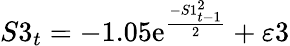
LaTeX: S3_{t}=-1.05\mathrm{e}^{\frac{{-S1_{t-1}^{2}}}{{2}}}+\varepsilon3